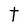
Character: t